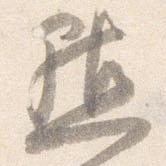
黙